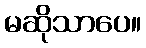
မဆိုသာပေ။